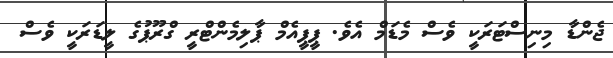
ޖެންޑާ މިނިސްޓަރަކީ ވެސް މެޑަމް އެވެ. ޕީޕީއެމް ޕާލިމެންޓްރީ ގްރޫޕުގެ ލީޑަރަކީ ވެސް